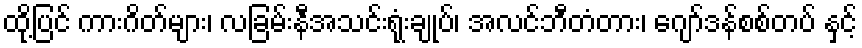
ထို့ပြင် ကားဂိတ်များ၊ လခြမ်းနီအသင်းရုံးချုပ်၊ အလင်ဘီတံတား၊ ဂျော်ဒန်စစ်တပ် နှင့်